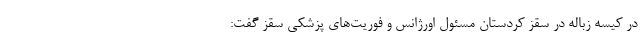
در کیسه زباله در سقز کردستان مسئول اورژانس و فوریت‌های پزشکی سقز گفت: